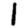
Digit: 1